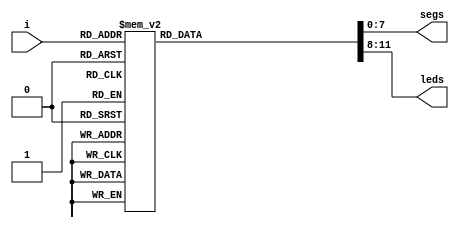
// define segment codes
`define SS_0 8'b00000011
`define SS_1 8'b10011111
`define SS_2 8'b00100101
`define SS_3 8'b00001101
`define SS_4 8'b10011001
`define SS_5 8'b01001001
`define SS_6 8'b01000001
`define SS_7 8'b00011111
`define SS_8 8'b00000001
`define SS_9 8'b00001001
`define SS_10 8'b00010001
`define SS_11 8'b11000001
`define SS_12 8'b01100011
`define SS_13 8'b10000101
`define SS_14 8'b01100001
`define SS_15 8'b01110001

module lab2(segs, leds, i);
output [7:0] segs;  
output [3:0] leds;
input [3:0] i;
reg [7:0] segs;  
reg [3:0] leds;
always @*
  case (i)
    4'd0: begin segs = `SS_0; leds = 4'b0000; end
    4'd1: begin segs = `SS_1; leds = 4'b0001; end
    4'd2: begin segs = `SS_2; leds = 4'b0010; end
    4'd3: begin segs = `SS_3; leds = 4'b0011; end
    4'd4: begin segs = `SS_4; leds = 4'b0100; end
    4'd5: begin segs = `SS_5; leds = 4'b0101; end
    4'd6: begin segs = `SS_6; leds = 4'b0110; end
    4'd7: begin segs = `SS_7; leds = 4'b0111; end
    4'd8: begin segs = `SS_8; leds = 4'b1000; end
    4'd9: begin segs = `SS_9; leds = 4'b1001; end
    4'd10: begin segs = `SS_10; leds = 4'b1010; end
    4'd11: begin segs = `SS_11; leds = 4'b1011; end
    4'd12: begin segs = `SS_12; leds = 4'b1100; end
    4'd13: begin segs = `SS_13; leds = 4'b1101; end
    4'd14: begin segs = `SS_14; leds = 4'b1110; end
    4'd15: begin segs = `SS_15; leds = 4'b1111; end
    default: begin segs = 8'b0000000; leds = 4'b0000; end
  endcase 
endmodule